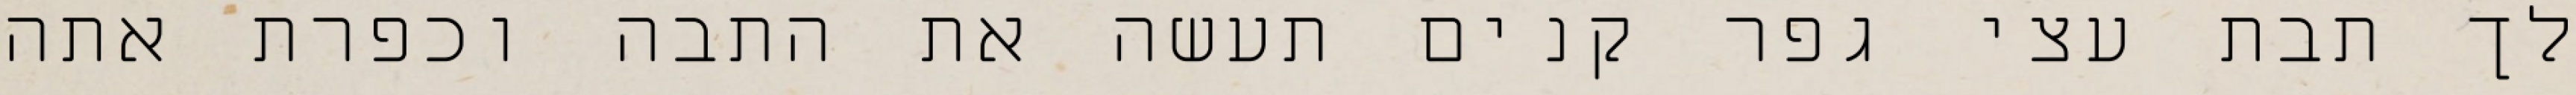
לך תבת עצי גפר קנים תעשה את התבה וכפרת אתה